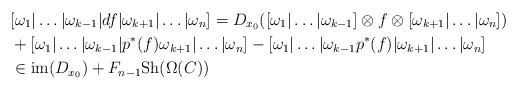
LaTeX: \begin{align*}&[\omega_1|\ldots|\omega_{k-1}|df|\omega_{k+1}|\ldots|\omega_n]=D_{x_0}([\omega_1|\ldots|\omega_{k-1}]\otimes f\otimes [\omega_{k+1}|\ldots|\omega_n])\\ & +[\omega_1|\ldots|\omega_{k-1}|p^*(f)\omega_{k+1}|\ldots|\omega_n]-[\omega_1|\ldots|\omega_{k-1}p^*(f)|\omega_{k+1}|\ldots|\omega_n]\\ & \in \mathrm{im}(D_{x_0})+F_{n-1}\mathrm{Sh}(\Omega(C))\end{align*}